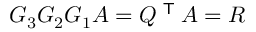
G _ { 3 } G _ { 2 } G _ { 1 } A = Q ^ { \textsf { T } } A = R